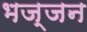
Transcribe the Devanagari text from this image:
भज्जन